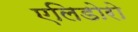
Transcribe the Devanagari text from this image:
एलिडोरो